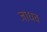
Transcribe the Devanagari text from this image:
जाधव